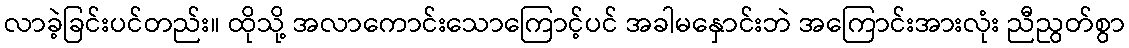
လာခဲ့ခြင်းပင်တည်း။ ထိုသို့ အလာကောင်းသောကြောင့်ပင် အခါမနှောင်းဘဲ အကြောင်းအားလုံး ညီညွတ်စွာ